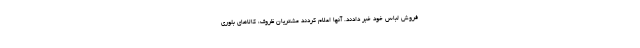
فروش لباس خود خبر دادند. آنها اعلام کردند مشتریان ظروف، کالاهای بلوری